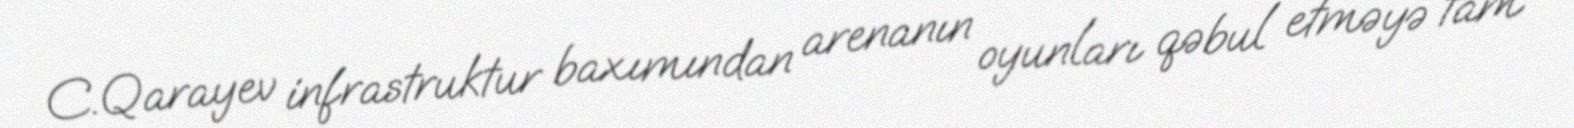
C.Qarayev infrastruktur baxımından arenanın oyunları qəbul etməyə tam